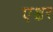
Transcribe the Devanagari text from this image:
एश्वर